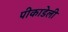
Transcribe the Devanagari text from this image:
पीकाडेली